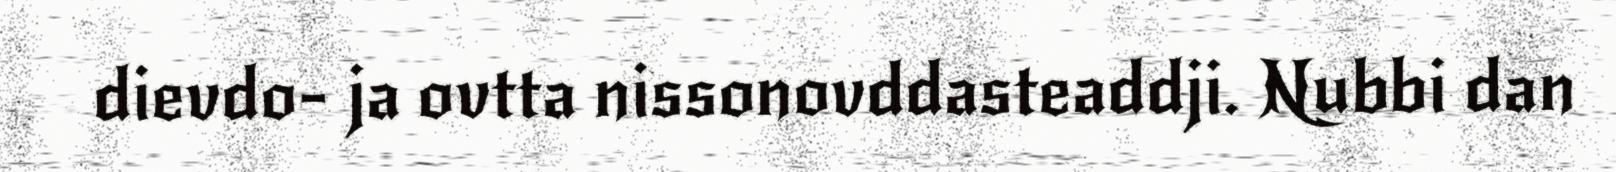
dievdo- ja ovtta nissonovddasteaddji. Nubbi dan